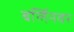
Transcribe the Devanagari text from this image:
बर्लिनवर